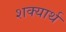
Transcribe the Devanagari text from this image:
शक्यार्थ